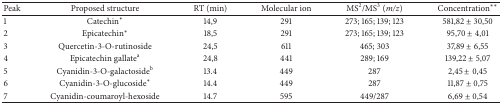
| Peak | Proposed structure | RT (min) | Molecular ion | MS2/MS3 (m/z) | Concentration∗∗ |
 | --- | --- | --- | --- | --- | --- |
 | 1 | Catechin∗ | 14,9 | 291 | 273; 165; 139; 123 | 581,82 ± 30,50 |
 | 2 | Epicatechin∗ | 18,5 | 291 | 273; 165; 139; 123 | 95,70 ± 4,01 |
 | 3 | Quercetin-3-O-rutinoside | 24,5 | 611 | 465; 303 | 37,89 ± 6,55 |
 | 4 | Epicatechin gallatea | 24,8 | 441 | 289; 169 | 139,22 ± 5,07 |
 | 5 | Cyanidin-3-O-galactosideb | 13.4 | 449 | 287 | 2,45 ± 0,45 |
 | 6 | Cyanidin-3-O-glucoside∗ | 14.4 | 449 | 287 | 11,87 ± 0,75 |
 | 7 | Cyanidin-coumaroyl-hexoside | 14.7 | 595 | 449/287 | 6,69 ± 0,54 |